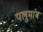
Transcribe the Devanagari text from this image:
पलुमांब